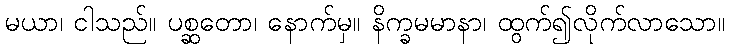
မယာ၊ ငါသည်။ ပစ္ဆတော၊ နောက်မှ။ နိက္ခမမာနာ၊ ထွက်၍လိုက်လာသော။